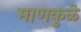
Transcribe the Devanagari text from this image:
माणकुळे